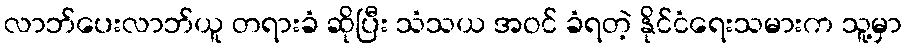
လာဘ်ပေးလာဘ်ယူ တရားခံ ဆိုပြီး သံသယ အဝင် ခံရတဲ့ နိုင်ငံရေးသမားက သူ့မှာ